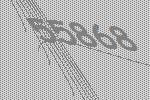
55868